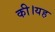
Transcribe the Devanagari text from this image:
की।यह